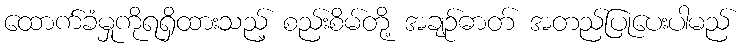
ထောက်ခံမှုကိုရရှိထားသည့် စည်းစိမ်တို့ အချဉ်ဓာတ် အတည်ပြုပေးပါမည်